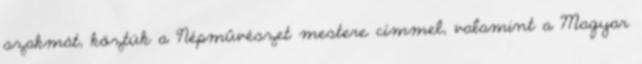
szakmát, köztük a Népmûvészet mestere címmel, valamint a Magyar